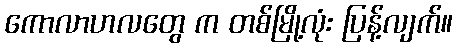
ကောလာဟလတွေ က တစ်မြို့လုံး ပြန့်လျက်။